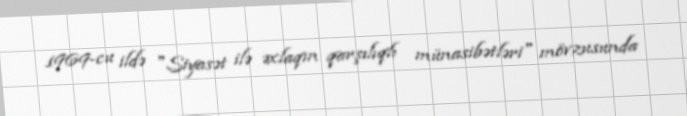
1969-cu ildə "Siyasət ilə əxlaqın qarşılıqlı münasibətləri" mövzusunda